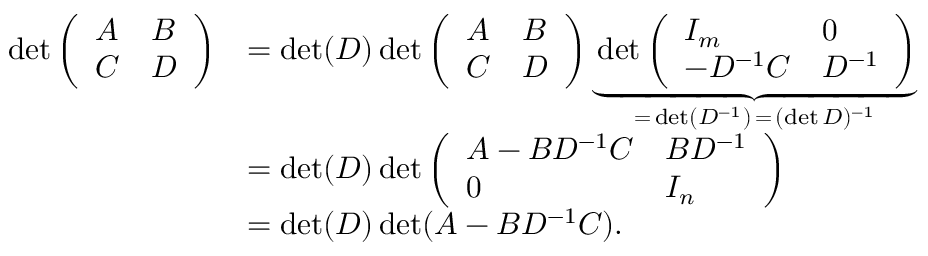
{ \begin{array} { r l } { \operatorname* { d e t } { \left( \begin{array} { l l } { A } & { B } \\ { C } & { D } \end{array} \right) } } & { = \operatorname* { d e t } ( D ) \operatorname* { d e t } { \left( \begin{array} { l l } { A } & { B } \\ { C } & { D } \end{array} \right) } \underbrace { \operatorname* { d e t } { \left( \begin{array} { l l } { I _ { m } } & { 0 } \\ { - D ^ { - 1 } C } & { D ^ { - 1 } } \end{array} \right) } } _ { = \, \operatorname* { d e t } ( D ^ { - 1 } ) \, = \, ( \operatorname* { d e t } D ) ^ { - 1 } } } \\ & { = \operatorname* { d e t } ( D ) \operatorname* { d e t } { \left( \begin{array} { l l } { A - B D ^ { - 1 } C } & { B D ^ { - 1 } } \\ { 0 } & { I _ { n } } \end{array} \right) } } \\ & { = \operatorname* { d e t } ( D ) \operatorname* { d e t } ( A - B D ^ { - 1 } C ) . } \end{array} }